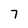
Character: 7